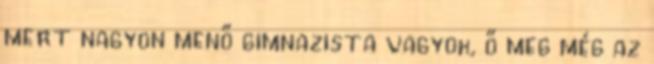
mert nagyon menő gimnazista vagyok, ő meg még az